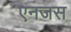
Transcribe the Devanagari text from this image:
एनजस